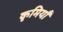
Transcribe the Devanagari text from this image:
कृमियाँ